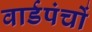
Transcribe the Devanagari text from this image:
वार्डपंचों